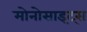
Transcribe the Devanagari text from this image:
मोनोसाइट्स